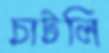
চাটলি